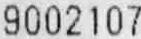
9002107